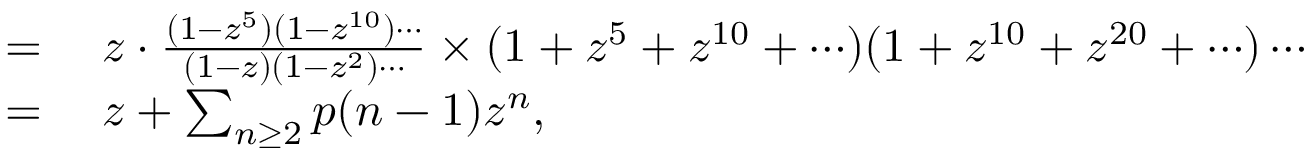
\begin{array} { r l } { = { } } & { { } z \cdot { \frac { ( 1 - z ^ { 5 } ) ( 1 - z ^ { 1 0 } ) \cdots } { ( 1 - z ) ( 1 - z ^ { 2 } ) \cdots } } \times ( 1 + z ^ { 5 } + z ^ { 1 0 } + \cdots ) ( 1 + z ^ { 1 0 } + z ^ { 2 0 } + \cdots ) \cdots } \\ { = { } } & { { } z + \sum _ { n \geq 2 } p ( n - 1 ) z ^ { n } , } \end{array}